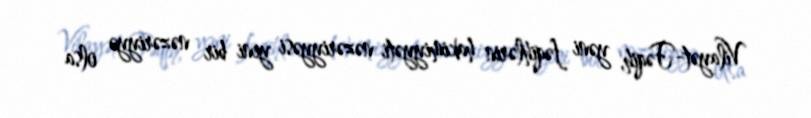
Vilayət-Fəqih, yəni fəqihlərin hakimiyyəti nəzəriyyəsi yeni bir nəzəriyyə olsa